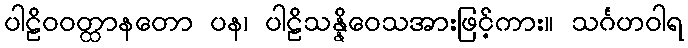
ပါဠိဝဝတ္ထာနတော ပန၊ ပါဠိသန္နိဝေသအားဖြင့်ကား။ သင်္ဂဟဝါရ